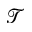
\mathcal { T }